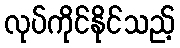
လုပ်ကိုင်နိုင်သည့်